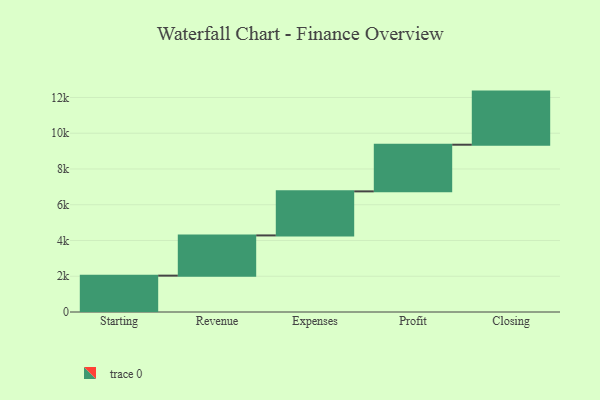
{"axis": {"x": "Step", "y": "Value"}, "legend": [""], "data": [{"x": "Starting", "y": 2034.0, "type": ""}, {"x": "Revenue", "y": 2250.0, "type": ""}, {"x": "Expenses", "y": 2464.0, "type": ""}, {"x": "Profit", "y": 2610.0, "type": ""}, {"x": "Closing", "y": 2971.0, "type": ""}]}